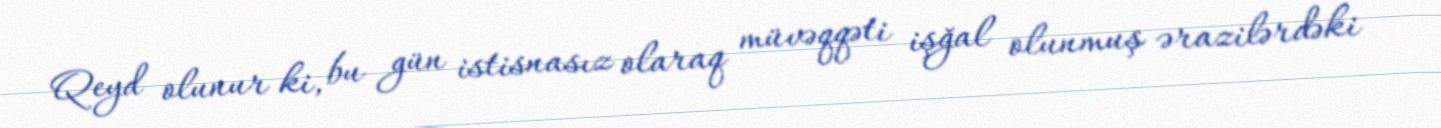
Qeyd olunur ki, bu gün istisnasız olaraq müvəqqəti işğal olunmuş ərazilərdəki